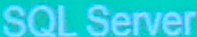
SQL Server